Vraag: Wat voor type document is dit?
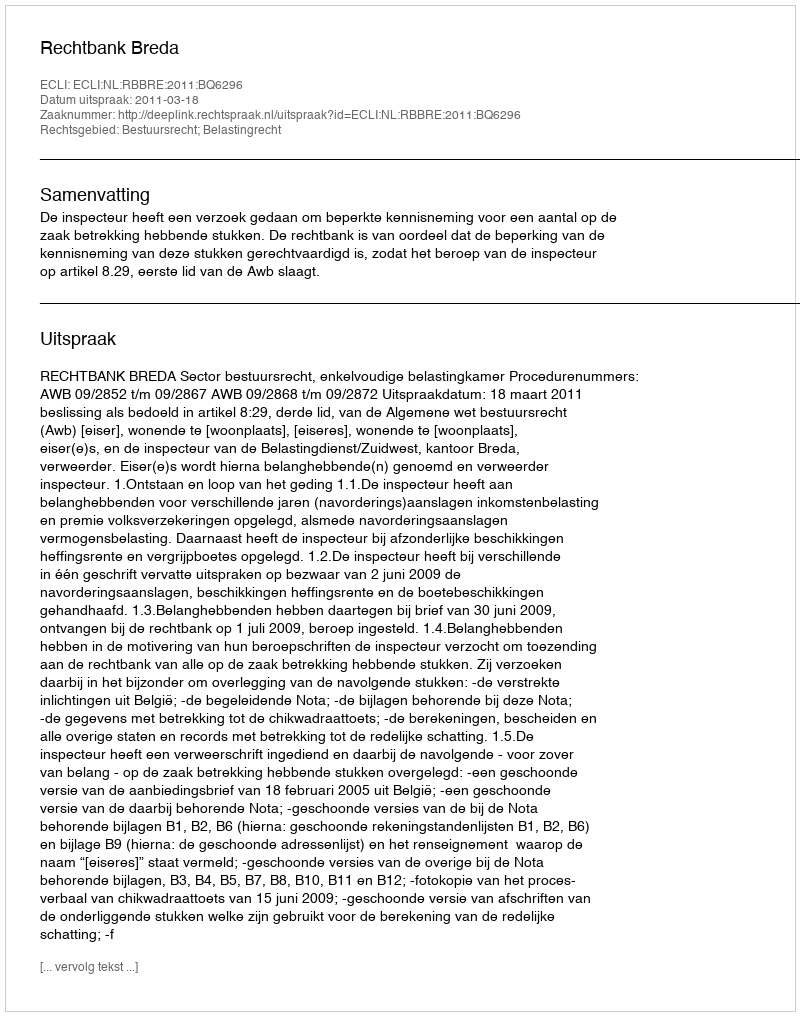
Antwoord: Uitspraak